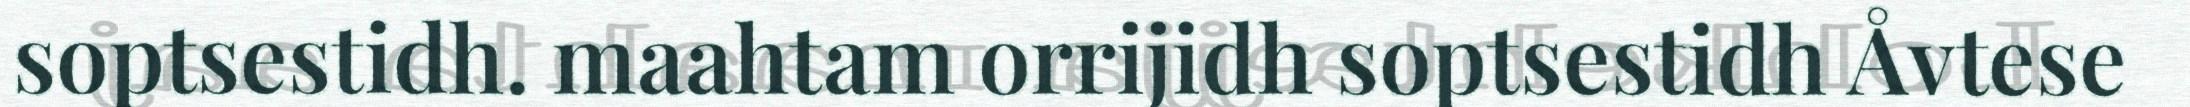
soptsestidh. maahtam orrijidh soptsestidh Åvtese